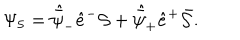
\Psi _ { 5 } = \skew 5 \hat { \bar { \psi } } _ { - } \hat { e } ^ { - } { \cal S } + \skew 5 \hat { \bar { \psi } } _ { + } \hat { e } ^ { + } \bar { \cal S } .